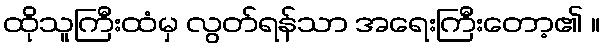
ထိုသူကြီးထံမှ လွတ်ရန်သာ အရေးကြီးတော့၏ ။